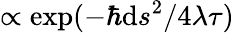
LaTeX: \propto\exp(-\hbar\mathrm{d}s^{2}/4\lambda\tau)